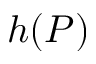
h ( P )